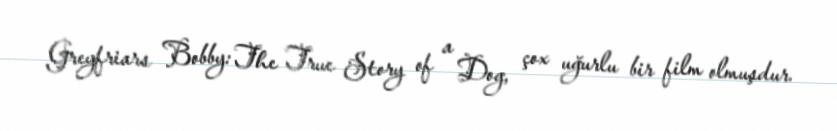
Greyfriars Bobby: The True Story of a Dog, çox uğurlu bir film olmuşdur.